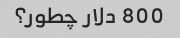
800 دلار چطور؟